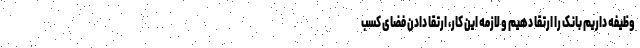
وظیفه داریم بانک را ارتقا دهیم و لازمه این کار، ارتقا دادن فضای کسب